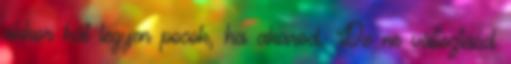
akkor hát legyen pocok, ha akarod. De ne változtasd